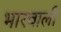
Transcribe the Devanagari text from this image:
भारवाली